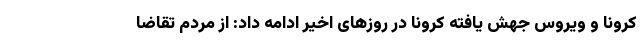
کرونا و ویروس جهش یافته کرونا در روزهای اخیر ادامه داد: از مردم تقاضا